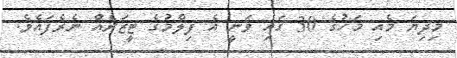
މިދިޔަ މެއި މަހުގެ 30 ގައި ވަނީ އެ ފިލްމުގެ ޓީޒަރެއް ނެރެފައެވެ.